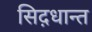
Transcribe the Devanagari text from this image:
सिद़धान्‍त